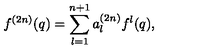
f ^ { ( 2 n ) } ( q ) = \sum _ { l = 1 } ^ { n + 1 } a _ { l } ^ { ( 2 n ) } f ^ { l } ( q ) ,